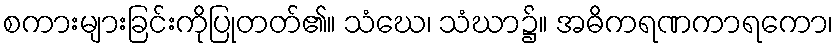
စကားများခြင်းကိုပြုတတ်၏။ သံဃေ၊ သံဃာ၌။ အဓိကရဏကာရကော၊